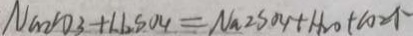
N a _ { 2 } c o _ { 3 } + H _ { 2 } S O _ { 4 } = N a _ { 2 } S O _ { 4 } H _ { 2 } O + C O _ { 2 } \uparrow